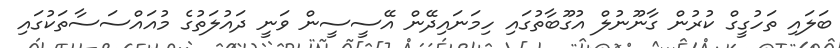
ބަލައި ތަހުގީގް ކުރުން ގާނޫނުލް އުގޫބާތުގައި ހިމަނައިިދޭން އޭސީސީން ވަނީ ދައުލަތުގެ މުއައްސަސާތަކުގައި